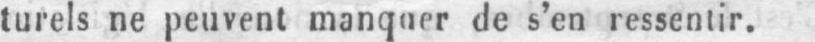
turels ne peuvent manquer de s’en ressentir.